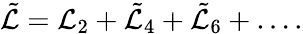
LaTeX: \tilde{\cal L}={\cal L}_{2}+\tilde{\cal L}_{4}+\tilde{\cal L}_{6}+\dots.